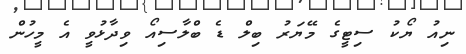
ނިއު ޔޯކު ސިޓީގެ މޭޔަރު ބިލް ޑެ ބްލާސިއޯ ވިދާޅުވީ އެ މީހުން